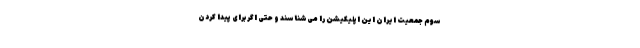
سوم جمعیت ایران این اپلیکیشن را می‌شناسند و حتی اگر برای پیدا کردن